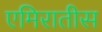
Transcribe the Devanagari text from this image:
एमिरातीस